Civil Veterinary Department. United Provinces 1932-42 - 1932-1942
Year: 1932
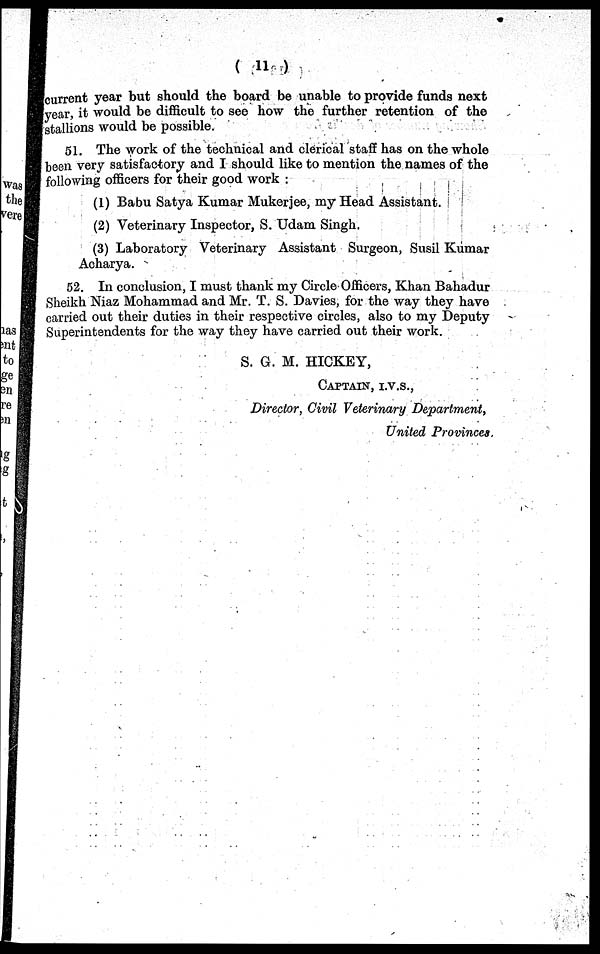
(11)
current year but should the board be unable to provide funds next
year, it would be difficult to see how the further retention of the
stallions would be possible.
51. The work of the technical and clerical staff has on the whole
been very satisfactory and I should like to mention the names of the
following officers for their good work :
(1) Babu Satya Kumar Mukerjee, my Head Assistant.
(2) Veterinary Inspector, S. Udam Singh.
(3) Laboratory Veterinary Assistant Surgeon, Susil Kumar
Acharya.
52. In conclusion, I must thank my Circle Officers, Khan Bahadur
Sheikh Niaz Mohammad and Mr. T. S. Davies, for the way they have
carried out their duties in their respective circles, also to my Deputy
Superintendents for the way they have carried out their work.
S. G. M. HICKEY,
CAPTAIN, I.V.S.,
Director, Civil Veterinary Department,
United Provinces